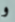
و